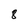
Character: 8